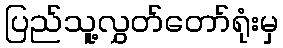
ပြည်သူ့လွှတ်တော်ရုံးမှ